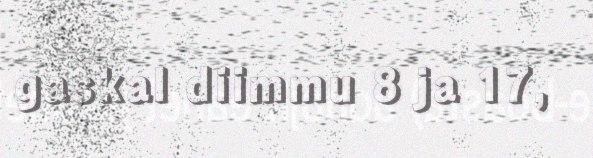
gaskal diimmu 8 ja 17,